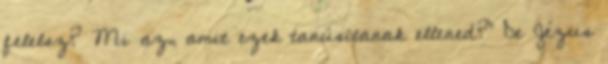
felelsz? Mi az, amit ezek tanúsítanak ellened?'' De Jézus